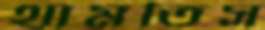
থামতিস